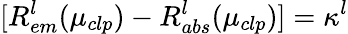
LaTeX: [R_{em}^{l}(\mu_{clp})-R_{abs}^{l}(\mu_{clp})]=\kappa^{l}